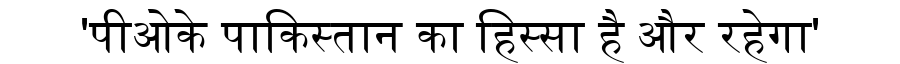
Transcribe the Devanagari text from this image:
'पीओके पाकिस्तान का हिस्सा है और रहेगा'